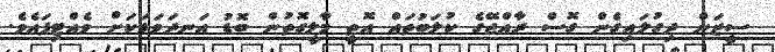
ސީޒަން ދިގުލައިގެން ގޮސް ރާއްޖޭގެ ކުލަބުތައް އޮތީ މާލީގޮތުން ބޮޑު އަނދަވަޅަކަށް ވެއްޓިފައެވެ.